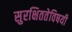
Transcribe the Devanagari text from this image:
सुरक्षिततेविषयी